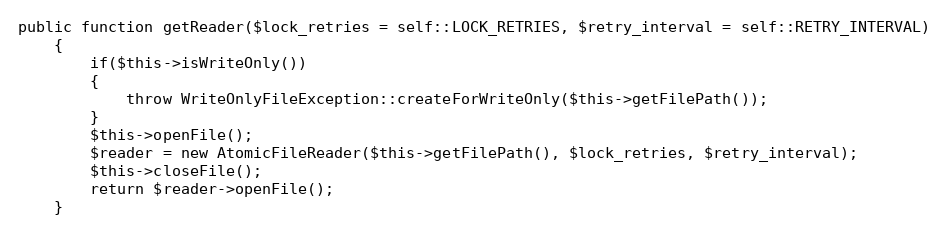
Language: PHP
public function getReader($lock_retries = self::LOCK_RETRIES, $retry_interval = self::RETRY_INTERVAL)
    {
        if($this->isWriteOnly())
        {
            throw WriteOnlyFileException::createForWriteOnly($this->getFilePath());
        }
        $this->openFile();
        $reader = new AtomicFileReader($this->getFilePath(), $lock_retries, $retry_interval);
        $this->closeFile();
        return $reader->openFile();
    }